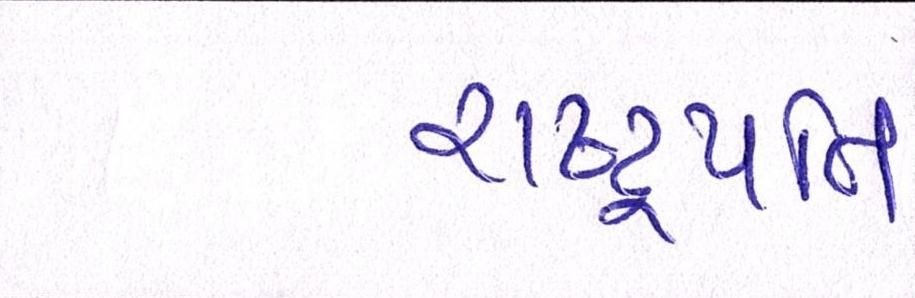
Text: રાષ્ટ્રપતિ